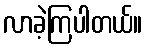
လာခဲ့ကြပါတယ်။